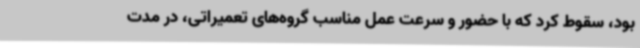
بود، سقوط کرد که با حضور و سرعت عمل مناسب گروه‌های تعمیراتی، در مدت